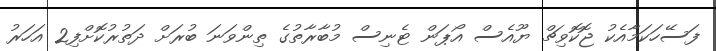
ފަސޭހަކަމާއެކު ޖޮކޮވިޗް ޔޫއެސް އޯޕަން ޓެނިސް މުބާރާތުގެ ތިންވަނަ ބުރަށް ދަތުރުކޮށްފި2 އަހަރު